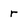
Character: r